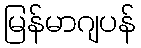
မြန်မာဂျပန်